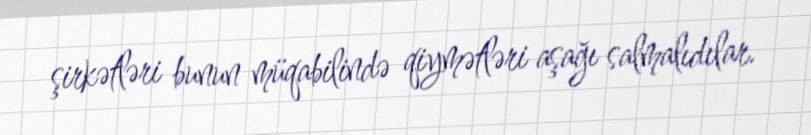
şirkətləri bunun müqabilində qiymətləri aşağı salmalıdılar.